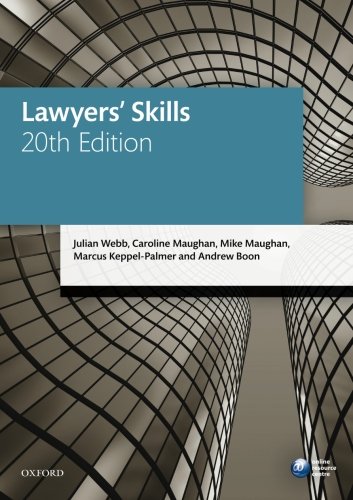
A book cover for Lawyers' Skills (Blackstone Legal Practice Course Guide); Julian Webb; Law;